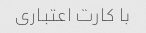
با کارت اعتباری